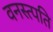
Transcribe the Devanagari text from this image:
वनस्त्पति